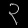
Digit: ၃